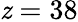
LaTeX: \mathit{z}=38